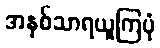
အနှစ်သာရယူကြပုံ